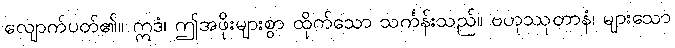
လျောက်ပတ်၏။ ဣဒံ၊ ဤအဖိုးများစွာ ထိုက်သော သင်္ကန်းသည်။ ဗဟုဿုတာနံ၊ များသော